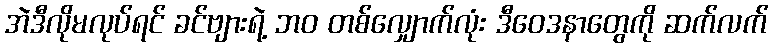
အဲဒီလိုမလုပ်ရင် ခင်ဗျားရဲ့ ဘဝ တစ်လျှောက်လုံး ဒီဝေဒနာတွေကို ဆက်လက်